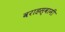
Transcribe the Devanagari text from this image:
वराहस्‍वामी